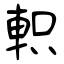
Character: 軹